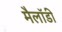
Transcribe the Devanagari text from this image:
मैलॉडी